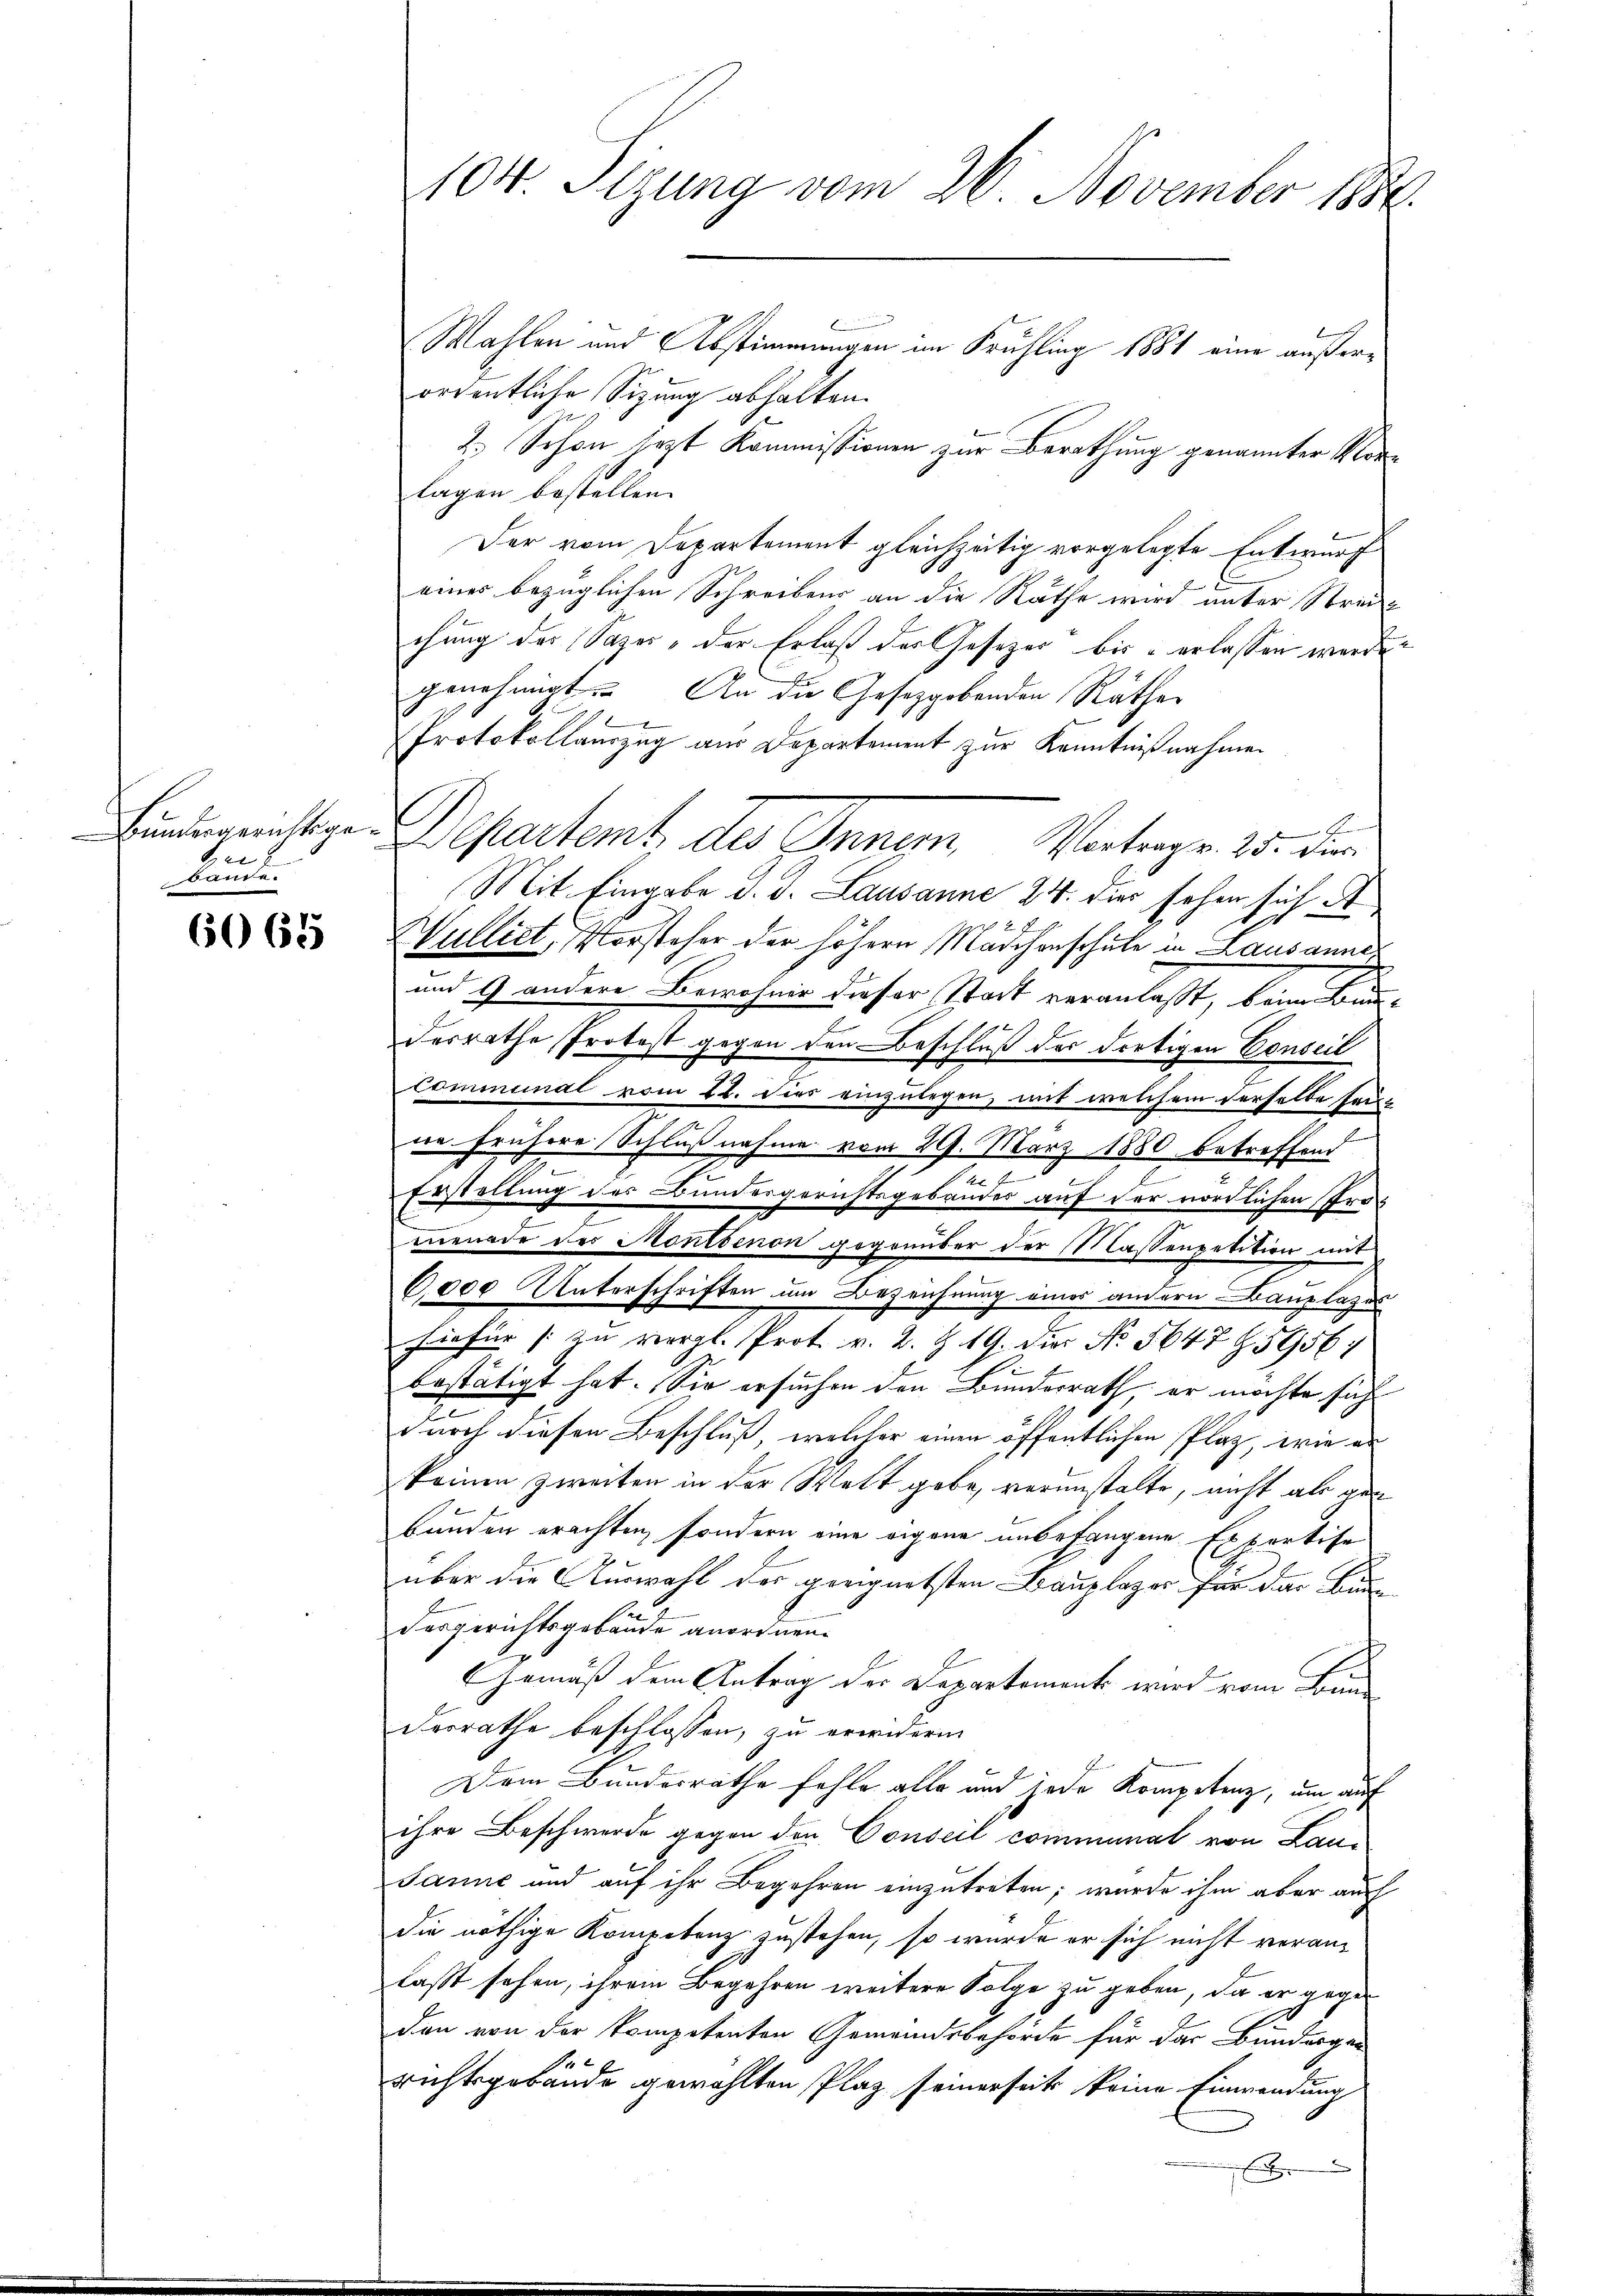
b
bande.

6065

Wahlen und Abstimmungen im Frühling 1881 eine außerordentliche Sitzung abhalten.
2.) Schon jezt Kommissionen zur Berathung genannter Morlagen bestellen.
Der vom Departement gleichzeitig vorgelegte Entwurf
eines bezüglichen Schreibens an die Räthe wird unter Streit
chung des Sazes, der Erlaß der Gesezes bis u erlassen werde.
genehmigt. An die Gesetzgebenden Räther
Protokollauszug aus Departement zur Kenntnißnahmen
Finderanstigen Departent des Inner Vertrage. 15. der
Mit Eingabe d. d. Lausanne 24. dies sehen sich A
Wulliet, Vorsteher der höhern Mädchenschule in Lausanne
und 9 andere Bewohner dieser Stadt veranlaßt, beim Bundesrathe Protost gegen den Beschluß der dortigen Conseil
Communal vom 22. Dies einzulegen, mit welchem derselbe heuin frühere Schlußnahme vom 29. März 1880 betreffend
144
Erstellung des Bundergerichtsgebruder auf der nördlichen Promenade des Montbenen gegenüber der Massenpetition mit
6,000 Unterschriften um Bezeichnung einer andern Bauplages
hiefür /: zu vergl. Prot. v. 2. Z. 19. Die No. 5647 Z. 5956;
bestätigt hat. Sie ersuchen den Bundesrath, er möchte sicht
durch diesen Beschluß, welcher einen öffentlichen Plaz, wie an
keinen zweiten in der Wett gebe, verunstalte, nicht als gen
bunden erachten, sondern eine eigene unbefangene Expertise
über die Auswahl des geeignetsten Bauplazer für das Budesgerichtsgebäude anordnen.
Gemäß dem Antrag der Departement wird vom Bun
desrathe beschlossen, zu erwiderm
Dem Bundesrathe fehle alle und jede Kompetenz, um auf
ihre Beschwerde gegen den Conseil communal von Lau¬
Janne und auf ihr Begehren einzutreten, wurde ihm aber auch
die nöthige Kompetenz zustehen, so wurde er sich nicht veranlaßt sehen, ihrem Begehren weitere Folge zu geben, da er gegen
den von der kompetenten Gemeindsbehörde für das Bunderger
richtsgebäude gewählten Plaz seinerseits keine Einwendung
E

104. Sitzung vom 26. November 1884.